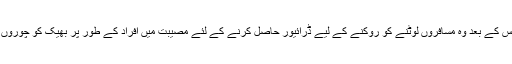
یہ ہاٹچہاکرس یا جس کے بعد وہ مسافروں لوٹنے کو روکنے کے لیے ڈرائیور حاصل کرنے کے لئے مصیبت میں افراد کے طور پر بھیک کو چوروں کے لئے عام ہے ۔